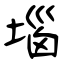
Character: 堖